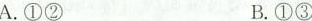
A. ①② B. ①③